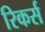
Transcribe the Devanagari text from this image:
रिकर्स